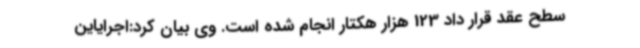
سطح عقد قرار داد 123 هزار هکتار انجام شده است. وی بیان کرد:اجرایاین